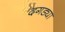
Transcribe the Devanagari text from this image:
दगड्या